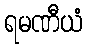
ရမဏီယံ